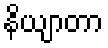
နိယျာတာ